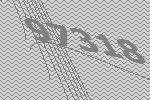
97318